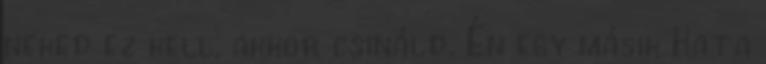
neked ez kell, akkor csináld. Én egy másik Kata